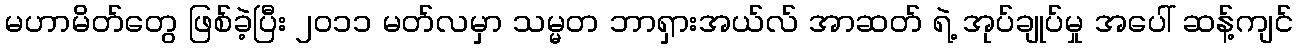
မဟာမိတ်တွေ ဖြစ်ခဲ့ပြီး ၂၀၁၁ မတ်လမှာ သမ္မတ ဘာရှားအယ်လ် အာဆတ် ရဲ့ အုပ်ချုပ်မှု အပေါ် ဆန့်ကျင်